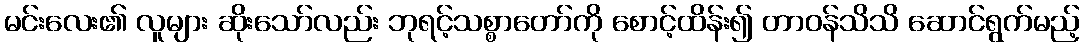
မင်းလေး၏ လူများ ဆိုးသော်လည်း ဘုရင့်သစ္စာတော်ကို စောင့်ထိန်း၍ တာဝန်သိသိ ဆောင်ရွက်မည့်